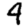
Digit: 4